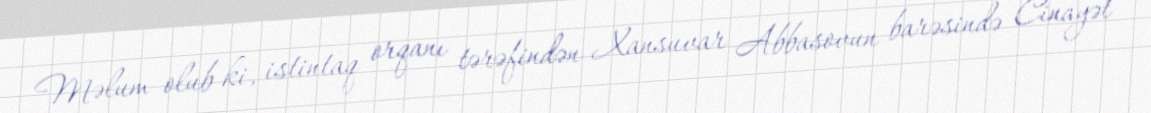
Məlum olub ki, istintaq orqanı tərəfindən Xansuvar Abbasovun barəsində Cinayət